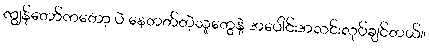
ကျွန်တော်ကတော့ ပဲ နေတတ်တဲ့သူတွေနဲ့ အပေါင်းအသင်းလုပ်ချင်တယ်။